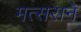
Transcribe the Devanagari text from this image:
मत्सराने